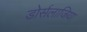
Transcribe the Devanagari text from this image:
डोर्सलाजिया